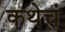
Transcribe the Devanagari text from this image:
कथेचं